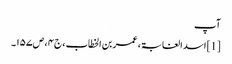
آپ
[1] اسد الغابۃ ، عمر بن الخطاب ، ج۴ ، ص۱۵۷۔